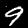
Digit: 9